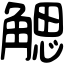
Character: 䚡